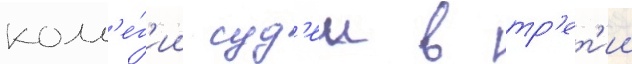
колл'е́г'ии суд'еи в тр'ет'ии